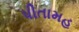
પીતામહ